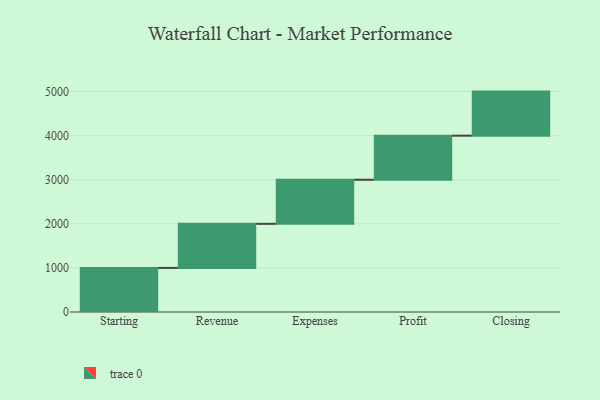
{"axis": {"x": "Step", "y": "Value"}, "legend": [""], "data": [{"x": "Starting", "y": 1000, "type": ""}, {"x": "Revenue", "y": 1000, "type": ""}, {"x": "Expenses", "y": 1000, "type": ""}, {"x": "Profit", "y": 1000, "type": ""}, {"x": "Closing", "y": 1000, "type": ""}]}